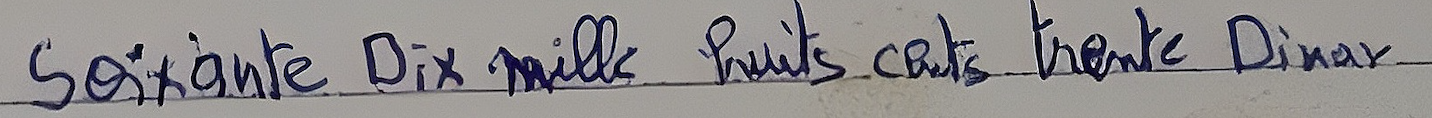
Soixante Dix mille huits cents trente Dinar